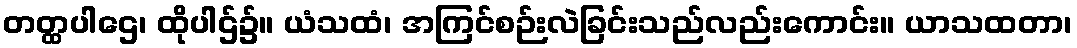
တတ္ထပါဌေ၊ ထိုပါဌ်၌။ ယံသထံ၊ အကြင်စဉ်းလဲခြင်းသည်လည်းကောင်း။ ယာသထတာ၊